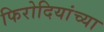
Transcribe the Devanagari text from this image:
फिरोदियांच्या